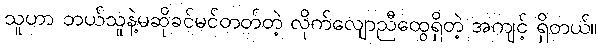
သူဟာ ဘယ်သူနဲ့မဆိုခင်မင်တတ်တဲ့ လိုက်လျောညီထွေရှိတဲ့ အကျင့် ရှိတယ်။